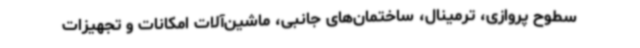
سطوح پروازی، ترمینال، ساختمان‌های جانبی، ماشین‌آلات امکانات و تجهیزات